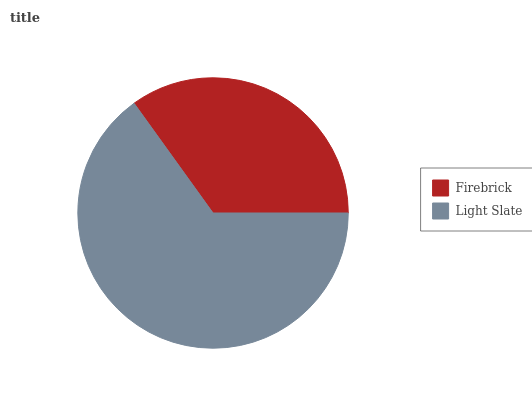
| Firebrick | Light Slate |
 | --- | --- |
 | 34.9% | 65.1% |